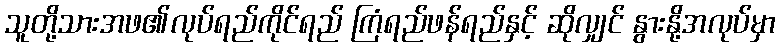
သူတို့သားအဖ၏လုပ်ရည်ကိုင်ရည် ကြံရည်ဖန်ရည်နှင့် ဆိုလျှင် နွားနို့အလုပ်မှာ